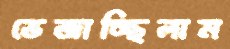
ভেজাচ্ছিলাম